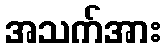
အသက်အား